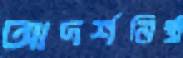
আদর্শনিষ্ঠ